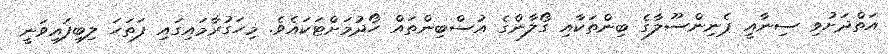
އަތްދަށުވި ސިނާއީ ޕެނިންސޫލާގެ ބިންތަކާއި ގޯލާންގެ އުސްބިންތައް ހޯދުމަށްޓަކައެވެ. މިހަގުރާމައިގައި ފަތަހަ ލިބިފައިވަނީ